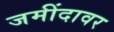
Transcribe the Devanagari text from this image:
जमींदावर